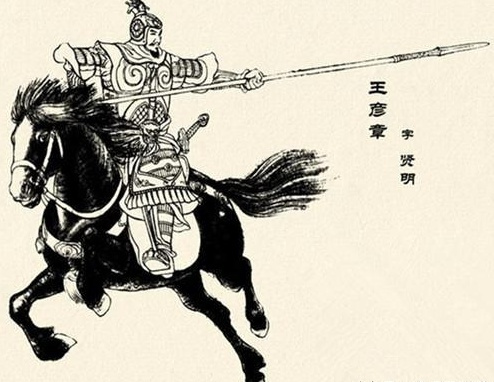
国君好仁，天下无敌焉。